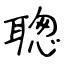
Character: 聦